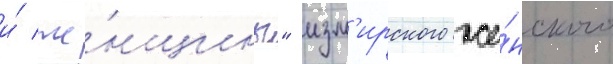
и́ же́нщины" изм'ирского же́нского